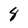
Character: 8